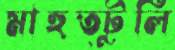
মাহুত্টুলি